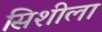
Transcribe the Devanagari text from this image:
सिशीला